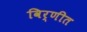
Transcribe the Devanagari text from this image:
विर्णीत